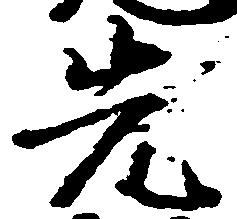
先